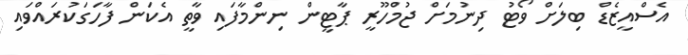
އެސްއީޒެޑް ބިލަށް ވޯޓު ދިނުމަށް ޖުމްހޫރީ ޕާޓީން ނިންމާފައި ވާތީ އެކަން ފާހަގަކުރައްވައި